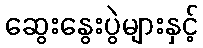
ဆွေးနွေးပွဲများနှင့်